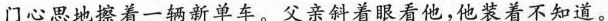
门心思地擦着一辆新单车。父亲斜着眼看他，他装着不知道。